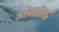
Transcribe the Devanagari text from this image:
अहंकारविहीन